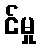
င်မှု